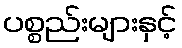
ပစ္စည်းများနှင့်